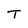
Character: T